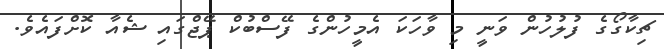
ޗިކާގޯގެ ފުލުހުން ވަނީ މި ވާހަކަ އެމީހުންގެ ފޭސްބުކް ޕޭޖްގައި ޝެއާ ކޮށްފައެވެ.